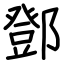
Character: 鄧